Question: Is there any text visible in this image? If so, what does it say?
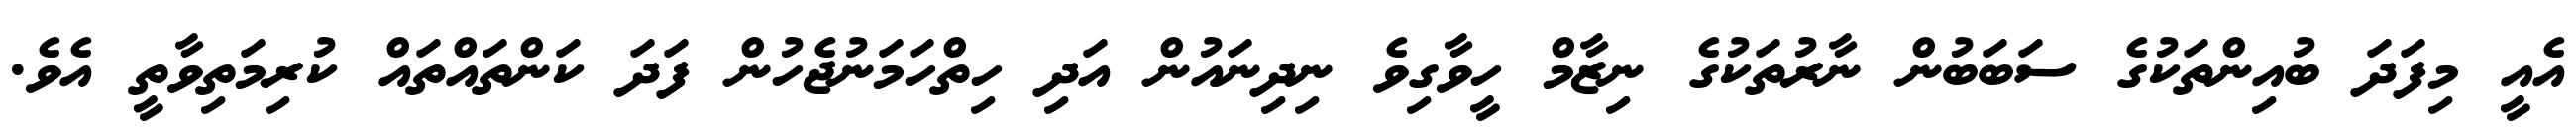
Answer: އެއީ މިފަދަ ބުއިންތަކުގެ ސަބަބުން ނާރުތަކުގެ ނިޒާމް ހީވާގިވެ ނިދިނައުން އަދި ހިތްހަމަނުޖެހުން ފަދަ ކަންތައްތައް ކުރިމަތިވާތީ އެވެ.